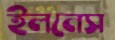
ইলনেস